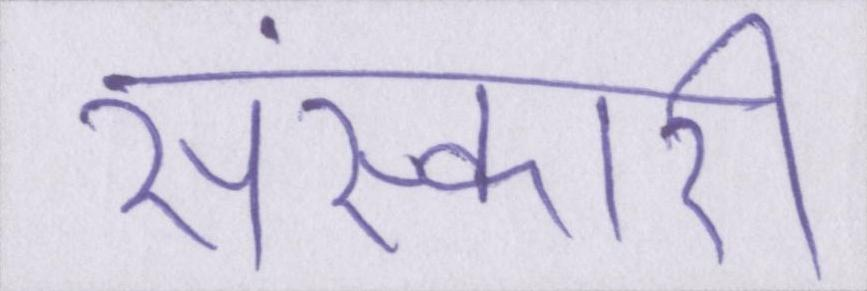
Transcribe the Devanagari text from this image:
संस्कारी